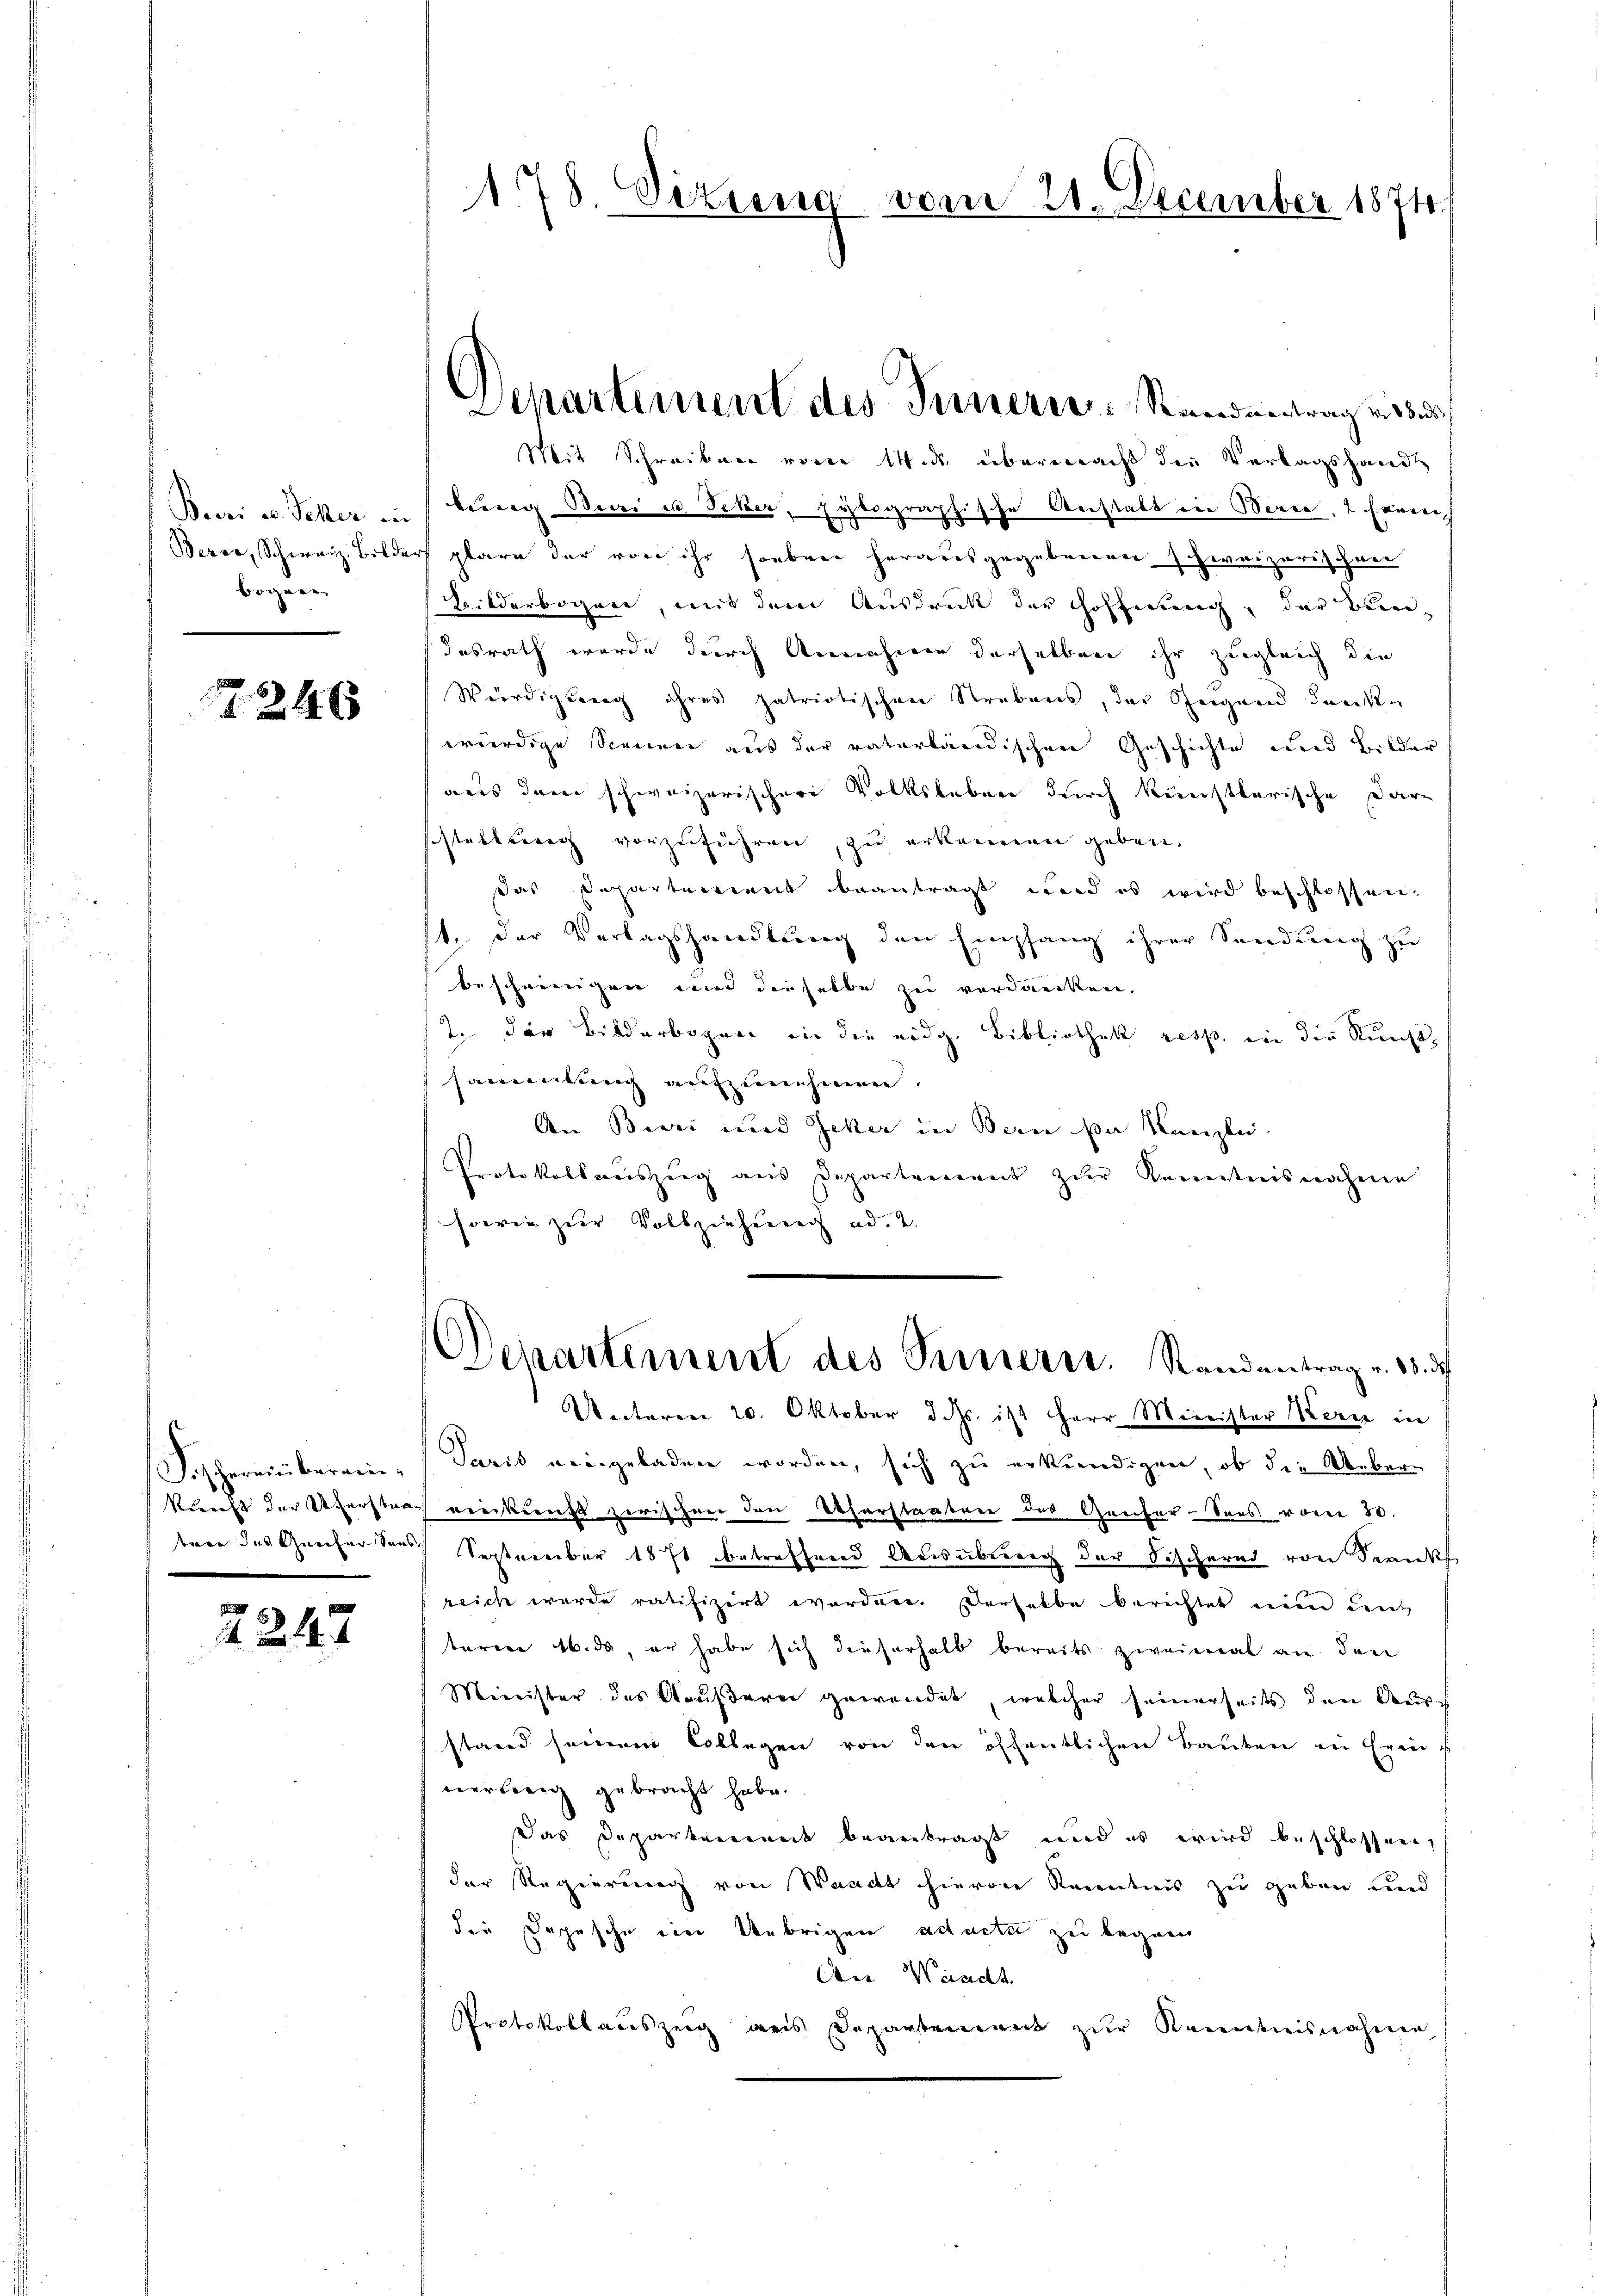
bogen

7246

Foschereinberein¬

2247

Mit Schreiben von 14.ds. übermacht die Verlagshandl
Buri u. Teker in stung Beeri u Ocker, Eylographische Anstalt in Bern, 2 Erinn
Bezer, Schweiz. Bilder plare der von ihr soeben herausgegebenen zweizerischen
Hilderbogene, mit dem Ausdruck der Hoffnung, der Bundesrath wurde durch Annahmen derselben ihr zugleich die
Würdigung ihres patriotischen Strebens, der Steigend danken
würdige Scenen aus der vaterländischen Geschichte und Bilder
maus dann schweizerischere Volksleben durch künstlerische Darn
schlattung vorzuführen, zu erkennen geben.
das Departement beantragt, und es wird beschlossen.
1. Der Verlagshandlung den Empfang ihrer Sendung zŭ
beschweinigen wird dieselbe zu verdancken.
2. der Bildarbogen in die eidg. Bibliothek resp. in die Kunst,
sammlung aufzunehmen.
An Bieri und Jeker in Bern da Kanzle
Protokollauszug aus Departement zur Kenntnisnahme
sowie zur Vollziehung ad. 2.

178. Situng vom 21. December 1874.

Departement des Innern: Randentrag vor¬

Unteren 20. Oktober d. Js. ist Herr Minister Kern in
Sarit neingeladen worden, sich zu erkundigen, ob die Ueber-
kunft der Uferstraf vierkunft zwischen den Uferstaaten des Genfer-Sees vom 30.
tare das Genfertens September 1871 betreffend Ausübung der Fischernd von Krankf
reich wurde ratifizirt worden. Derselbe berichtet ein unt
taren 16. ds, er habe sich dieserhalb bereits zweimal an den
Miinister des Gaußeren gewendet, welcher seinerseits den Deusch
stand seinem Collegen von den öffentlichen Bauben in Erinne
nerberg gebracht habe.
das Departement beantragt und es wird beschlossen,
der Regierung von Waadt hievon Kenntnis zu geben und
die Depesche die Uebrigen ad acta zu begang
An Waadt.
Protokoll auszeig aus Departement zur Kenntnisnahme

Departement des Sinnern. Randantrag v. 13. d.